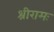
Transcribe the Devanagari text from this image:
श्रीरामः